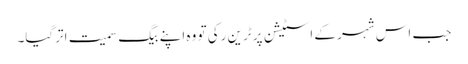
جب اس شہر کے اسٹیشن پر ٹرین رکی تو وہ اپنے بیگ سمیت اترگیا۔